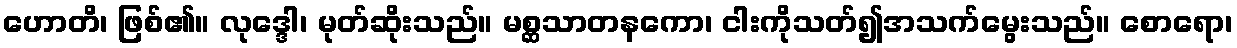
ဟောတိ၊ ဖြစ်၏။ လုဒ္ဒေါ၊ မုတ်ဆိုးသည်။ မစ္ဆသာတနကော၊ ငါးကိုသတ်၍အသက်မွေးသည်။ စောရော၊